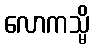
လောကသ္မိ